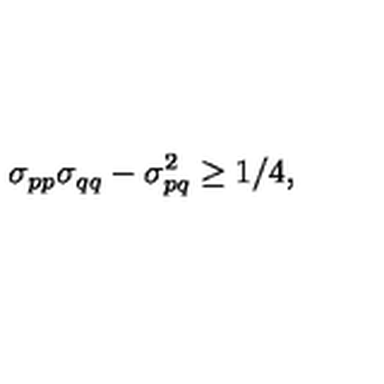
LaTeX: \sigma _ { p p } \sigma _ { q q } - \sigma _ { p q } ^ { 2 } \ge 1 / 4 ,